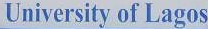
University of Lagos